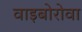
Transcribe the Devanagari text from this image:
वाइबोरोवा